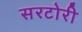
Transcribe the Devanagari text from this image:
सरटोरी